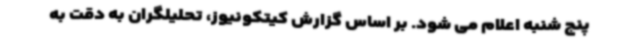
پنج شنبه اعلام می شود. بر اساس گزارش کیتکونیوز، تحلیلگران به دقت به